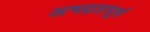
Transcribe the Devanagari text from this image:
अभद्रतापूर्ण